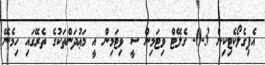
އެޕިގެލޯކެޓިކިން 3-0- ގެލޭޓް ވިޓަމިން ސީ ވިޓަމިން އީ މަޢުދަންތަކުގެ ތެރޭގައި ހިމެނޭ